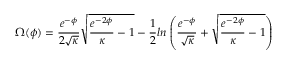
\Omega ( \phi ) = \frac { e ^ { - \phi } } { 2 \sqrt { \kappa } } \sqrt { \frac { e ^ { - 2 \phi } } { \kappa } - 1 } - \frac { 1 } { 2 } l n \left( \frac { e ^ { - \phi } } { \sqrt { \kappa } } + \sqrt { \frac { e ^ { - 2 \phi } } { \kappa } - 1 } \right)